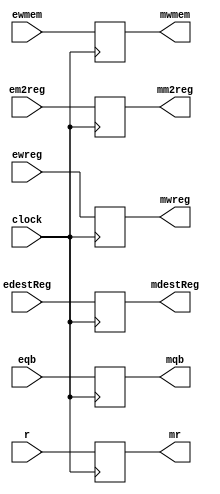
`timescale 1ns / 1ps
//////////////////////////////////////////////////////////////////////////////////
// Company: 
// Engineer: 
// 
// Design Name: 
// Module Name: exememPipelineReg
// Project Name: 
// Target Devices: 
// Tool Versions: 
// Description: 
// 
// Dependencies: 
// 
// Revision:
// Revision 0.01 - File Created
// Additional Comments:
// 
//////////////////////////////////////////////////////////////////////////////////


module exememPipelineReg(
    input ewreg,
    input em2reg,
    input ewmem,
    input [4:0] edestReg,
    input [31:0] r,
    input [31:0] eqb,
    input clock,
    output reg mwreg,
    output reg mm2reg,
    output reg mwmem,
    output reg [4:0] mdestReg,
    output reg [31:0] mr,
    output reg [31:0] mqb
    );
    
    always @(posedge clock) begin
        mwreg = ewreg;
        mm2reg = em2reg;
        mwmem = ewmem;
        mdestReg = edestReg;
        mr = r;
        mqb = eqb;
    end
endmodule